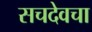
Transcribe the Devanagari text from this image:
सचदेवचा